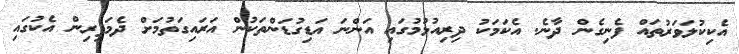
އެކިކުލަވަރުތައް ފެނިގެން ދާނެ. އެކަމަކު ދިރިއުޅުމުގައި އަންނަ އަޑިގުޑަންތަކުން އަރައިގަތުމަށް ދެމަފިރިން އެކުގައި